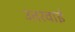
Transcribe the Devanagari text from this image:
उतरवाई